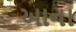
આના